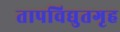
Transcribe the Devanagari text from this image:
तापविद्युतगृह